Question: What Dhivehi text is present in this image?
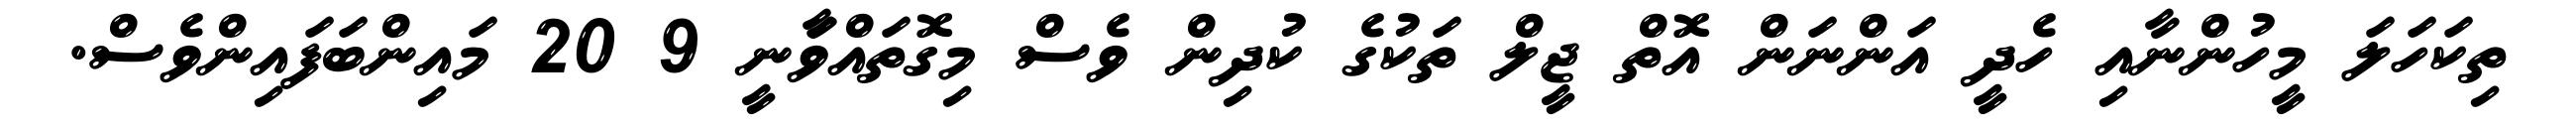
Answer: ތިކަހަލަ މީހުންނާއި ހެދީ އަންނަން އޮތް ޖީލް ތަކުގެ ކުދިން ވެސް މިގޮތައްވަާނީ 9 20 މައިންބަފައިންވެސް.